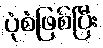
ပုံစံဖြစ်ပြီး